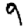
Digit: 9